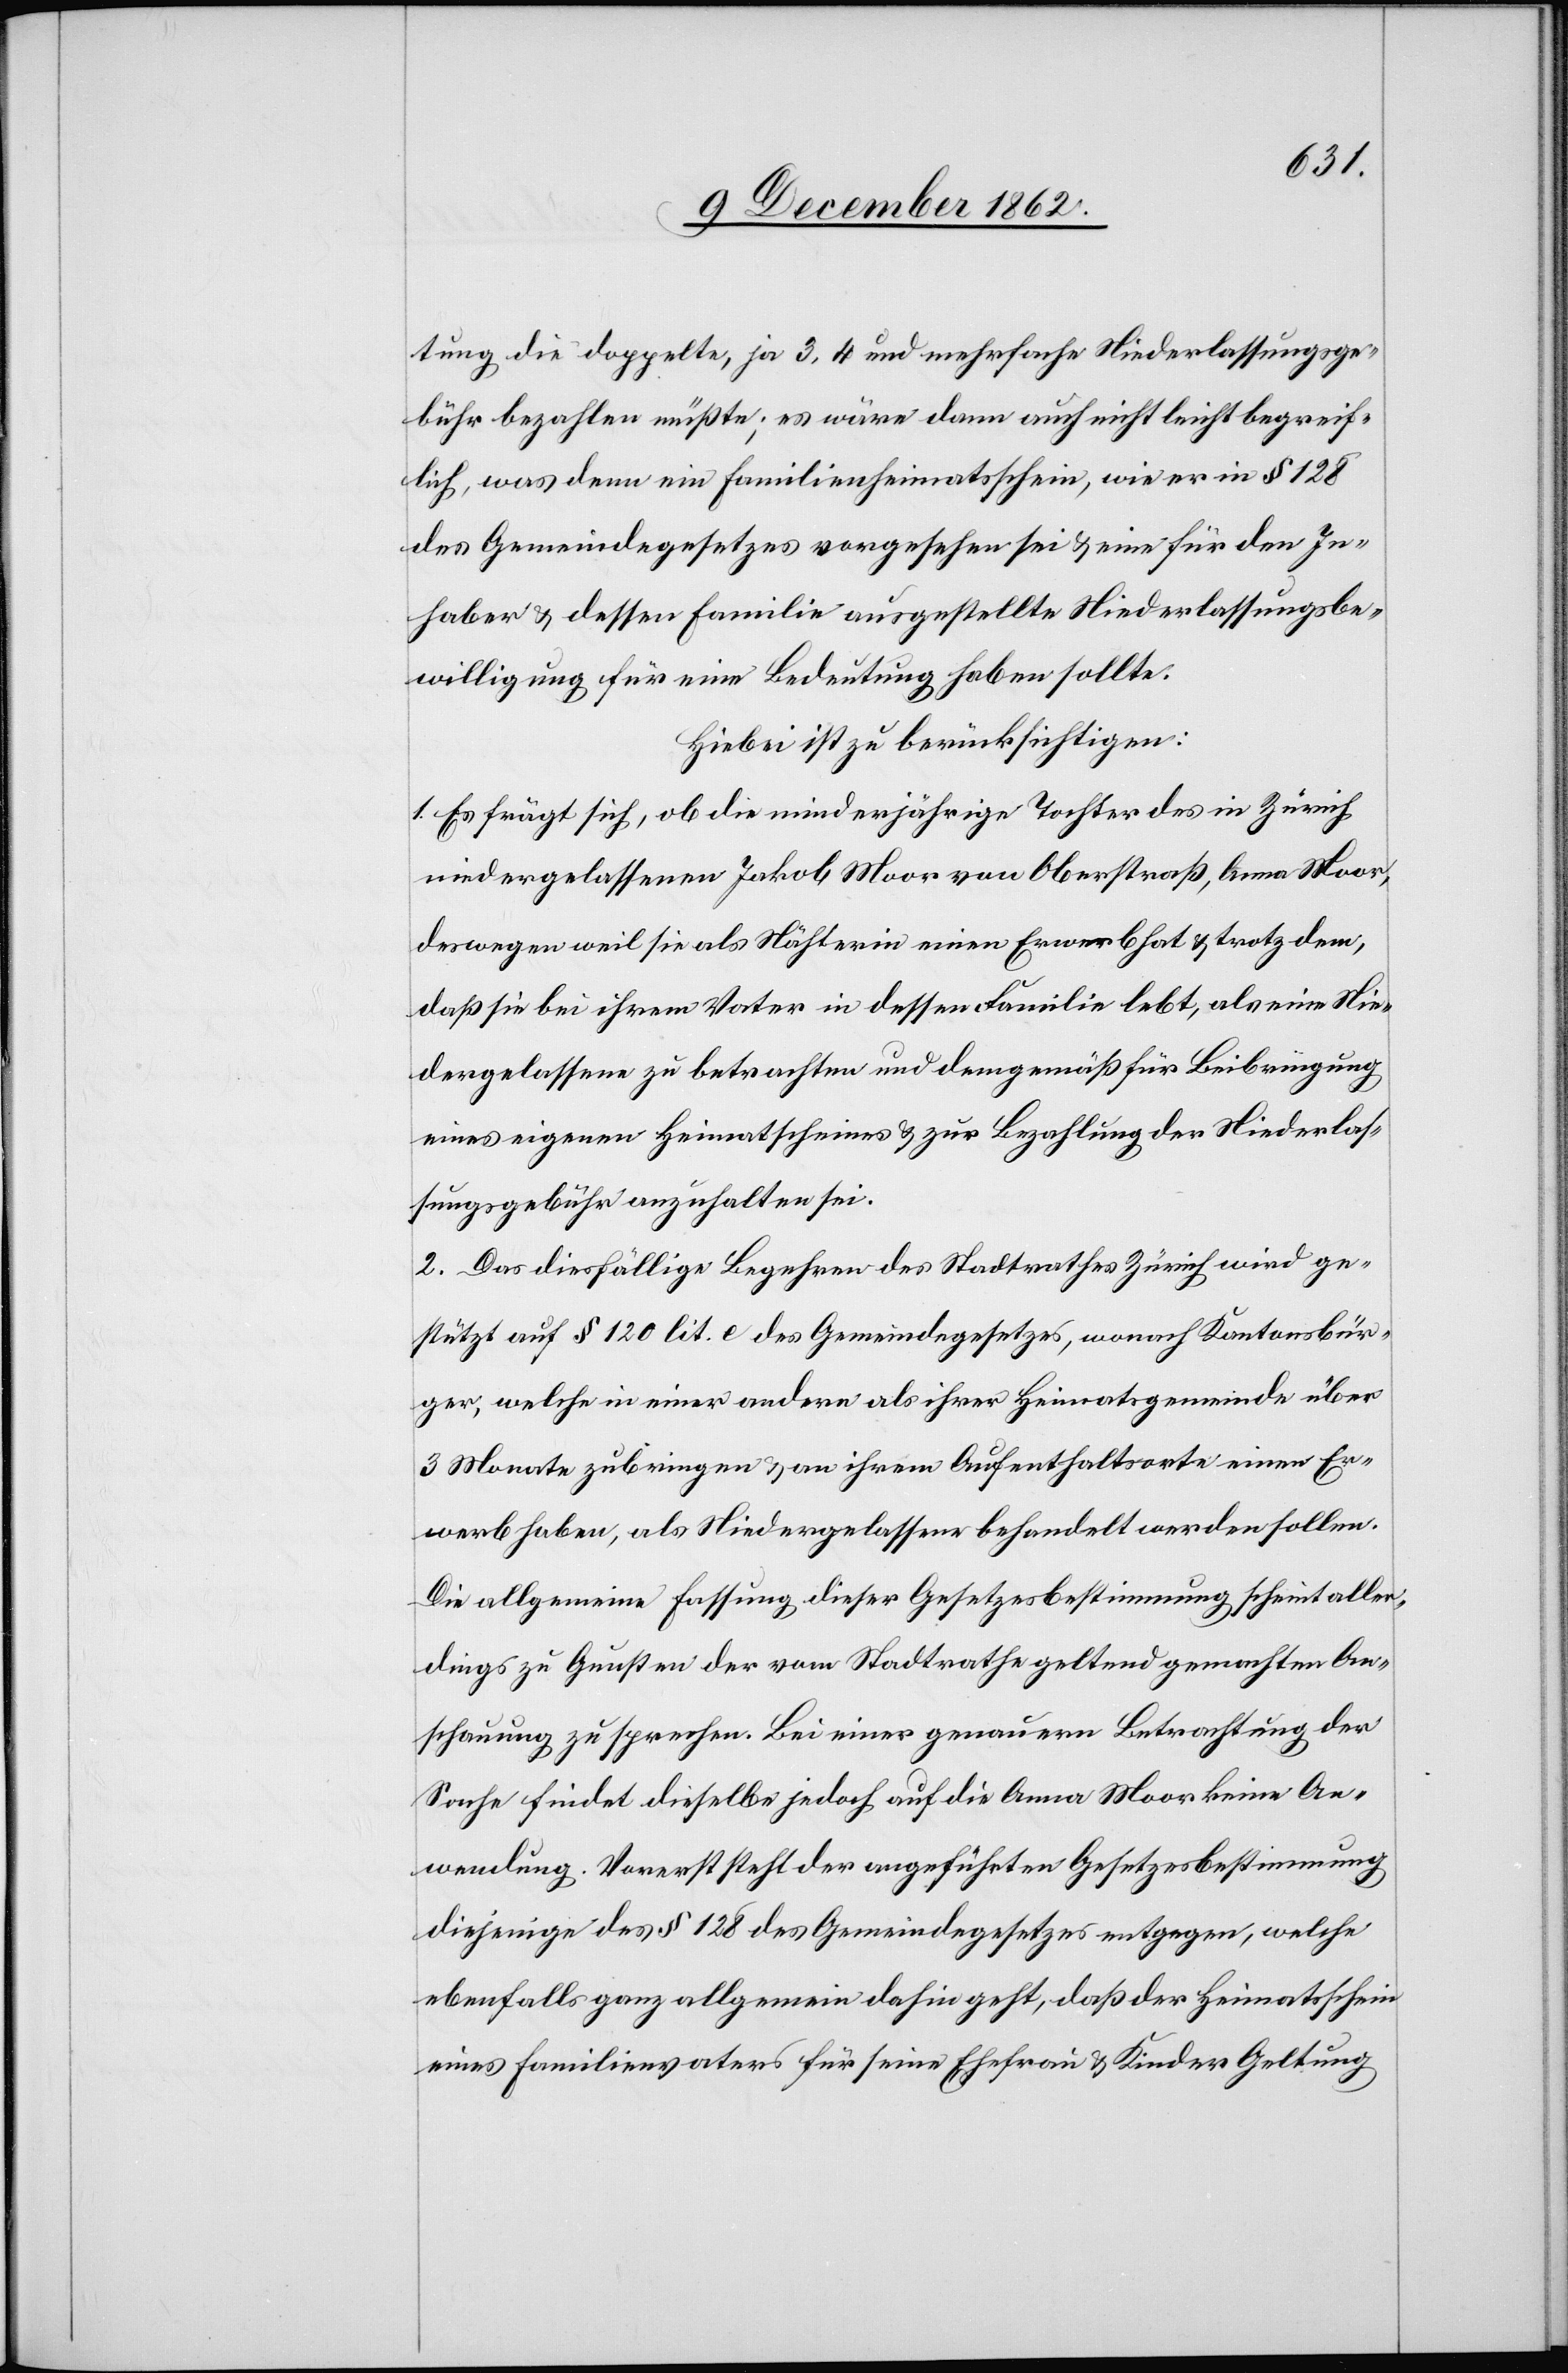
tung die doppelte, ja 3, 4 und mehrfache Niederlassungsge¬
bühr bezahlen müßte; es wäre dann auch nicht leicht begreif¬
lich, was denn ein Familienheimatsschein, wie er in § 128
des Gemeindegesetzes vorgesehen sei u. eine für den In¬
haber u. dessen Familie ausgestellte Niederlassungsbe¬
willigung für eine Bedeutung haben sollte.
Hiebei ist zu berücksichtigen:
1. Es frägt sich, ob die minderjährige Tochter des in Zürich
niedergelassenen Jakob Moor von Oberstraß, Anna Moor,
deswegen weil sie als Nätherin einen Erwerb hat u. trotzdem,
daß sie bei ihrem Vater in dessen Familie lebt, als ein Nie¬
dergelassener zu betrachten und demgemäß für Beibringung
eines eigenen Heimatscheines u. zur Bezahlung der Niederlas¬
sungsgebühr anzuhalten sei.
2. Das diesfällige Begehren des Stadtrathes Zürich wird ge¬
stützt auf § 120 lit. e des Gemeindegesetzes, wonach Kantonsbür¬
ger, welche in einer andern als ihrer Heimatsgemeinde über
3 Monate zubringen u. an ihrem Aufenthaltsorte einen Er¬
werb haben, als Niedergelassene behandelt werden sollen.
Die allgemeine Fassung dieser Gesetzesbestimmung scheint aller¬
dings zu Gunsten der vom Stadtrathe geltend gemachten An¬
schauung zu sprechen. Bei einer genauern Betrachtung der
Sache findet dieselbe jedoch auf die Anna Moor keine An¬
wendung. Vorerst steht der angeführten Gesetzesbestimmung
diejenige des § 128 des Gemeindegesetzes entgegen, welche
ebenfalls ganz allgemein dahin geht, daß der Heimatschein
eines Familienvaters für seine Ehefrau u. Kinder Geltung